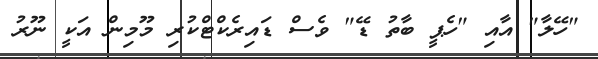
"ހޭލާ" އާއި "ހެޕީ ބާތު ޑޭ" ވެސް ޑައިރެކްޓްކުރި މޫމިން އަކީ ނޫރު